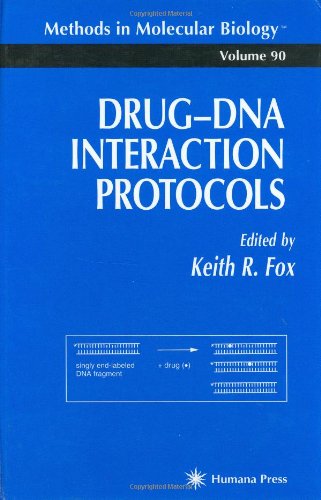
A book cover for Drug'DNA Interaction Protocols (Methods in Molecular Biology); Medical Books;